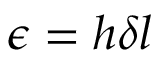
\epsilon = h \delta l